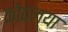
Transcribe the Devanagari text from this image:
कोठल्या